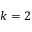
k = 2